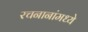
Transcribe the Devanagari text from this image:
रचनानांमध्ये